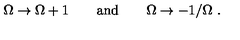
\Omega \to \Omega + 1 \qquad \mathrm { a n d } \qquad \Omega \to - 1 / \Omega \ .